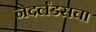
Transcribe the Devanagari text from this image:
नेदर्लंडसचा